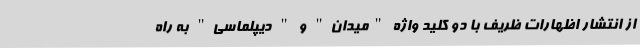
از انتشار اظهارات ظریف با دو کلید واژه "میدان" و " دیپلماسی" به راه